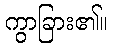
ကွာခြား၏။